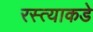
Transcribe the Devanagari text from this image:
रस्त्याकडे